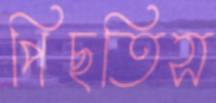
পিছতিস